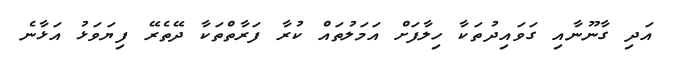
އަދި ގާނޫނާއި ގަވައިދުތަކާ ހިލާފަށް އަމަލުތައް ކުރާ ފަރާތްތަކާ ދޭތެރޭ ފިޔަވަޅު އަޅާނެ